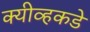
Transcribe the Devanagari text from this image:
क्यीव्हकडे